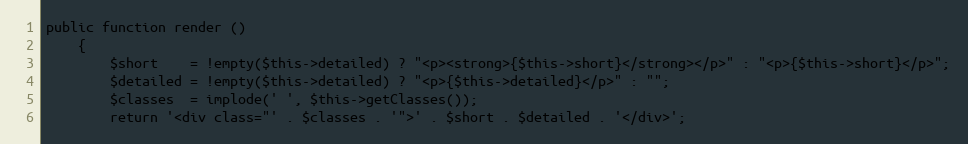
Language: PHP
public function render ()
    {
        $short    = !empty($this->detailed) ? "<p><strong>{$this->short}</strong></p>" : "<p>{$this->short}</p>";
        $detailed = !empty($this->detailed) ? "<p>{$this->detailed}</p>" : "";
        $classes  = implode(' ', $this->getClasses());
        return '<div class="' . $classes . '">' . $short . $detailed . '</div>';